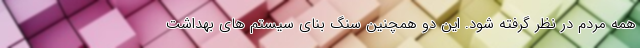
همه مردم در نظر گرفته شود. این دو همچنین سنگ بنای سیستم های بهداشت